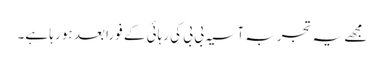
مجھے یہ تجربہ آسیہ بی بی کی رہائی کے فوراً بعد ہو رہا ہے۔